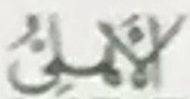
الأهلى